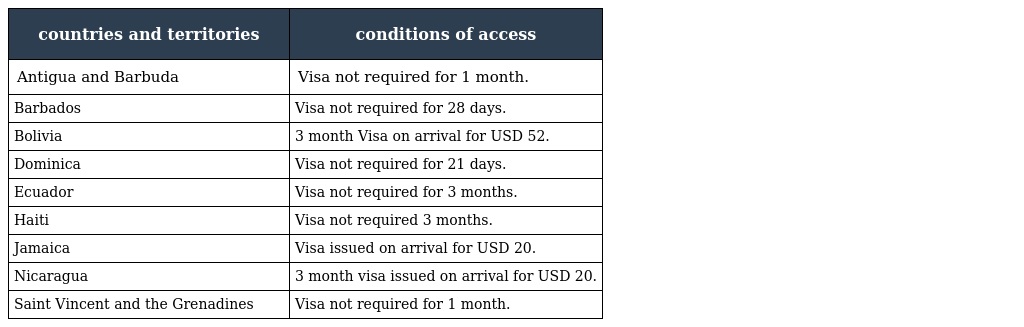
| countries and territories | conditions of access |
 | --- | --- |
 | Antigua and Barbuda | Visa not required for 1 month. |
 | Barbados | Visa not required for 28 days. |
 | Bolivia | 3 month Visa on arrival for USD 52. |
 | Dominica | Visa not required for 21 days. |
 | Ecuador | Visa not required for 3 months. |
 | Haiti | Visa not required 3 months. |
 | Jamaica | Visa issued on arrival for USD 20. |
 | Nicaragua | 3 month visa issued on arrival for USD 20. |
 | Saint Vincent and the Grenadines | Visa not required for 1 month. |